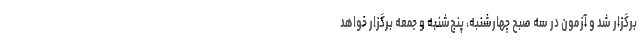
برگزار شد و آزمون در سه صبح چهارشنبه، پنج‌شنبه و جمعه برگزار خواهد